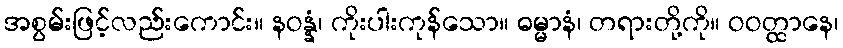
အစွမ်းဖြင့်လည်းကောင်း။ နဝန္နံ၊ ကိုးပါးကုန်သော။ ဓမ္မာနံ၊ တရားတို့ကို။ ဝဝတ္ထာနေ၊